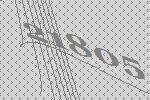
21805